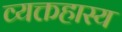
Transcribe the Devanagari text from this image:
व्यक्तहास्य